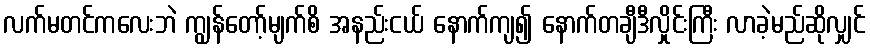
လက်မတင်ကလေးဘဲ ကျွန်တော့်မျက်စိ အနည်းငယ် နောက်ကျ၍ နောက်တချီဒီလှိုင်းကြီး လာခဲ့မည်ဆိုလျှင်